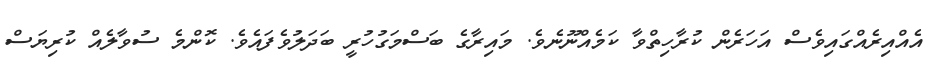
އެއްއިރެއްގައިވެސް އަހަރެން ކުރާހިތްވާ ކަމެއްނޫނެވެ. މައިރާގެ ބަސްމަގުހުރީ ބަދަލުވެފައެވެ. ކޮންމެ ސުވާލެއް ކުރިޔަސް